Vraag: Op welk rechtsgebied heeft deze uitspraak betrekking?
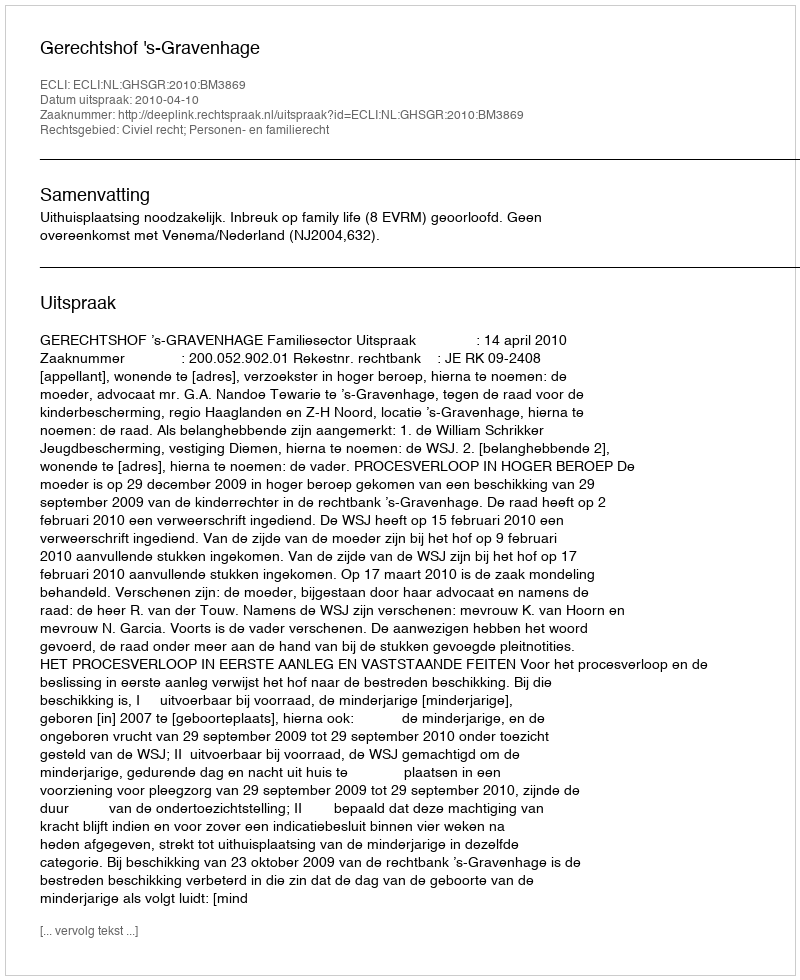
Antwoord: Civiel recht; Personen- en familierecht